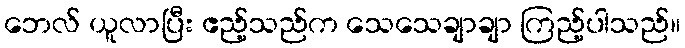
ဘေလ် ယူလာပြီး ဧည့်သည်က သေသေချာချာ ကြည့်ပါသည်။